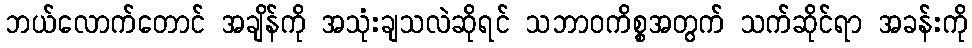
ဘယ်လောက်တောင် အချိန်ကို အသုံးချသလဲဆိုရင် သဘာဝကိစ္စအတွက် သက်ဆိုင်ရာ အခန်းကို